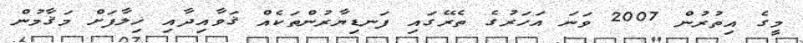
މީގެ އިތުރުން 2007 ވަނަ އަހަރުގެ ތެރޭގައި ފަނޑިޔާރުންތަކެއް ޤަވާއިދާއި ޚިލާފަށް މަޤާމުން